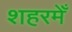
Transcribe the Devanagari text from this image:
शहरमेँ